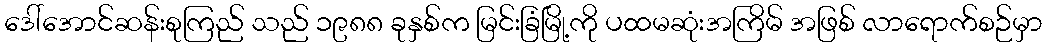
ဒေါ်အောင်ဆန်းစုကြည် သည် ၁၉၈၈ ခုနှစ်က မြင်းခြံမြို့ကို ပထမဆုံးအကြိမ် အဖြစ် လာရောက်စဉ်မှာ